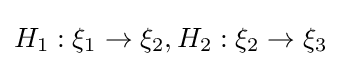
H_{1}:\xi _{1}\to \xi _{2},H_{2}:\xi _{2}\to \xi _{3}